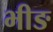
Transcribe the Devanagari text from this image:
भीङ